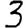
Digit: 3